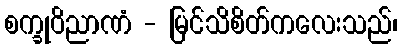
စက္ခုဝိညာဏံ - မြင်သိစိတ်ကလေးသည်၊